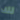
لك